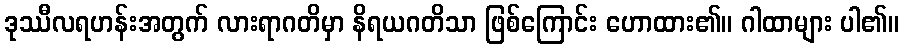
ဒုဿီလရဟန်းအတွက် လားရာဂတိမှာ နိရယဂတိသာ ဖြစ်ကြောင်း ဟောထား၏။ ဂါထာများ ပါ၏။